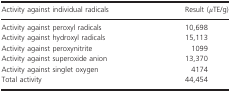
<table><thead><tr><td><b>Activity against individual radicals</b></td><td><b>Result (<i>μ</i>TE/g)</b></td></tr></thead><tbody><tr><td>Activity against peroxyl radicals</td><td>10,698</td></tr><tr><td>Activity against hydroxyl radicals</td><td>15,113</td></tr><tr><td>Activity against peroxynitrite</td><td>1099</td></tr><tr><td>Activity against superoxide anion</td><td>13,370</td></tr><tr><td>Activity against singlet oxygen</td><td>4174</td></tr><tr><td>Total activity</td><td>44,454</td></tr></tbody></table>